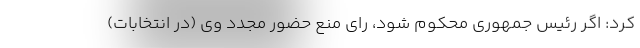
کرد: اگر رئیس جمهوری محکوم شود، رای منع حضور مجدد وی (در انتخابات)